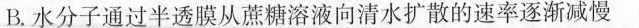
B.水分子通过半透膜从蔗糖溶液向清水扩散的速率逐渐减慢